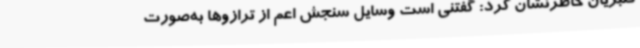
قنبریان خاطرنشان کرد: گفتنی است وسایل سنجش اعم از ترازوها به‌صورت